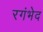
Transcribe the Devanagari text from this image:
रगंभेद